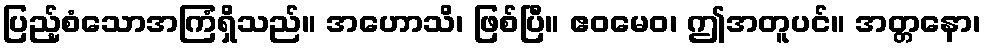
ပြည့်စံသောအကြံရှိသည်။ အဟောသိ၊ ဖြစ်ပြီ။ ဧဝမေဝ၊ ဤအတူပင်။ အတ္တနော၊